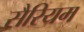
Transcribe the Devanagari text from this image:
सैरियम